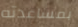
بمساعدته